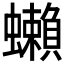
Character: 𧔣